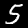
Label: 5